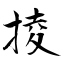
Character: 掕